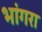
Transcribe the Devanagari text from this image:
भांगरा